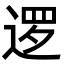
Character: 逻